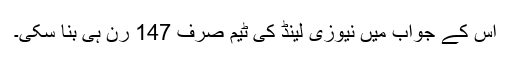
اس کے جواب میں نیوزی لینڈ کی ٹیم صرف 147 رن ہی بنا سکی۔